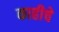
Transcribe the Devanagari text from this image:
काहीचे